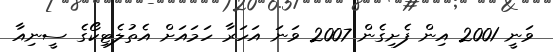
ވަނީ 2001 އިން ފެށިގެން 2007 ވަނަ އަހަރާ ހަމައަށް އެތުލެޓިކޯގެ ސީނިއާ